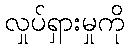
လှုပ်ရှားမှုကို